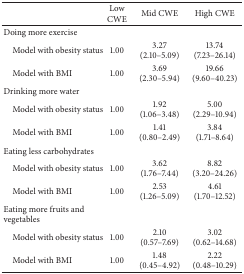
|  | Low CWE | Mid CWE | High CWE |
 | --- | --- | --- | --- |
 | Doing more exercise |  |  |  |
 | Model with obesity status | 1.00 | 3.27 (2.10–5.09) | 13.74 (7.23–26.14) |
 | Model with BMI | 1.00 | 3.69 (2.30–5.94) | 19.66 (9.60–40.23) |
 | Drinking more water |  |  |  |
 | Model with obesity status | 1.00 | 1.92 (1.06–3.48) | 5.00 (2.29–10.94) |
 | Model with BMI | 1.00 | 1.41 (0.80–2.49) | 3.84 (1.71–8.64) |
 | Eating less carbohydrates |  |  |  |
 | Model with obesity status | 1.00 | 3.62 (1.76–7.44) | 8.82 (3.20–24.26) |
 | Model with BMI | 1.00 | 2.53 (1.26–5.09) | 4.61 (1.70–12.52) |
 | Eating more fruits and vegetables |  |  |  |
 | Model with obesity status | 1.00 | 2.10 (0.57–7.69) | 3.02 (0.62–14.68) |
 | Model with BMI | 1.00 | 1.48 (0.45–4.92) | 2.22 (0.48–10.29) |